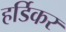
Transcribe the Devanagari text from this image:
हर्डिकर